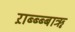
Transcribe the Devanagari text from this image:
ऱाब्ब्ब्बाॠ